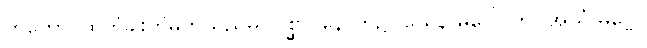
တတော၊ ထိုတံခါးကိုမှတ်သည်မှ။ ပစ္ဆာ၊ နောက်၌။ ယေန မဂ္ဂေါ၊ ကို။ အယံ မဂ္ဗေါ၊